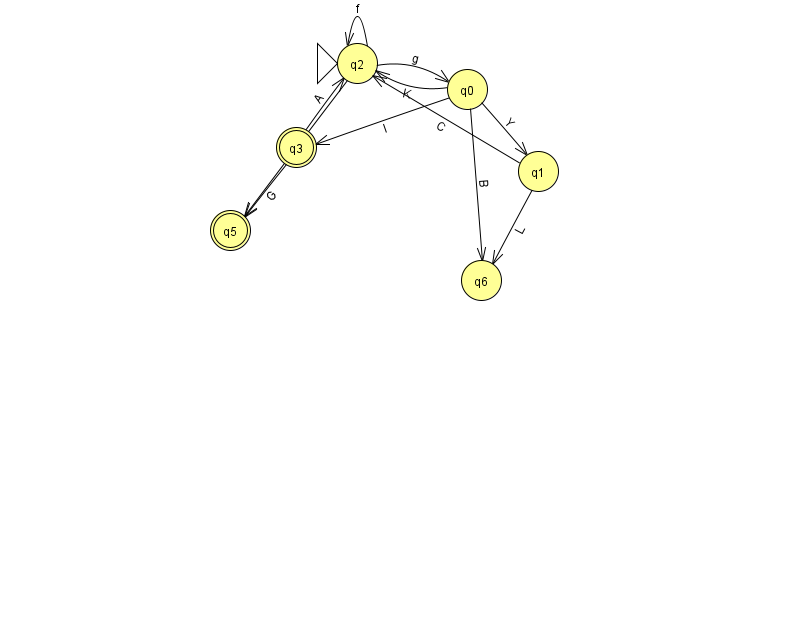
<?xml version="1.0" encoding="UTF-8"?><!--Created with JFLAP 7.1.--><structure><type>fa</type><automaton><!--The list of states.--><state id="0" name="q0"><x>467.0</x><y>76.0</y></state><state id="1" name="q1"><x>538.0</x><y>158.0</y></state><state id="2" name="q2"><x>357.0</x><y>50.0</y><initial/></state><state id="3" name="q3"><x>296.0</x><y>134.0</y><final/></state><state id="5" name="q5"><x>230.0</x><y>217.0</y><final/></state><state id="6" name="q6"><x>481.0</x><y>267.0</y></state><!--The list of transitions.--><transition><from>0</from><to>2</to><read>K</read></transition><transition><from>0</from><to>6</to><read>B</read></transition><transition><from>2</from><to>2</to><read>f</read></transition><transition><from>0</from><to>3</to><read>I</read></transition><transition><from>3</from><to>2</to><read>A</read></transition><transition><from>0</from><to>1</to><read>Y</read></transition><transition><from>1</from><to>2</to><read>C</read></transition><transition><from>1</from><to>6</to><read>L</read></transition><transition><from>2</from><to>5</to><read>R</read></transition><transition><from>3</from><to>5</to><read>G</read></transition><transition><from>2</from><to>0</to><read>g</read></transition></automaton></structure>